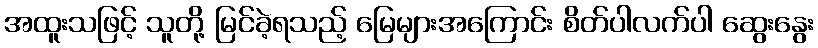
အထူးသဖြင့် သူတို့ မြင်ခဲ့ရသည့် မြေများအကြောင်း စိတ်ပါလက်ပါ ဆွေးနွေး